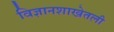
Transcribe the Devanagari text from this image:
विज्ञानशाखेतली